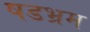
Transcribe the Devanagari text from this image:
षडभ्रम